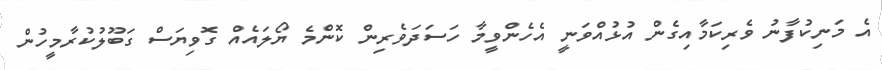
އެ މަނިކުފާނު ވެރިކަމާއިގެން އުޅުއްވަނީ އެހެންވީމާ ހަސަދަވެރިން ކޮންމެ ޔޯލައެއް ގޮވިޔަސް ގަބޫލުކުރާމީހުން